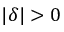
\vert \delta \vert > 0